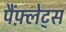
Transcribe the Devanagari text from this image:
पैंफ़्लेट्स